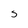
Character: S